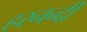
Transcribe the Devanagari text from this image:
हरनन्दी